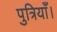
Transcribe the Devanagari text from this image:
पुत्रियाँ।